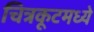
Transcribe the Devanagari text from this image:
चित्रकूटमध्ये